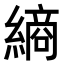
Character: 𮉀